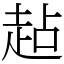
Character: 趈